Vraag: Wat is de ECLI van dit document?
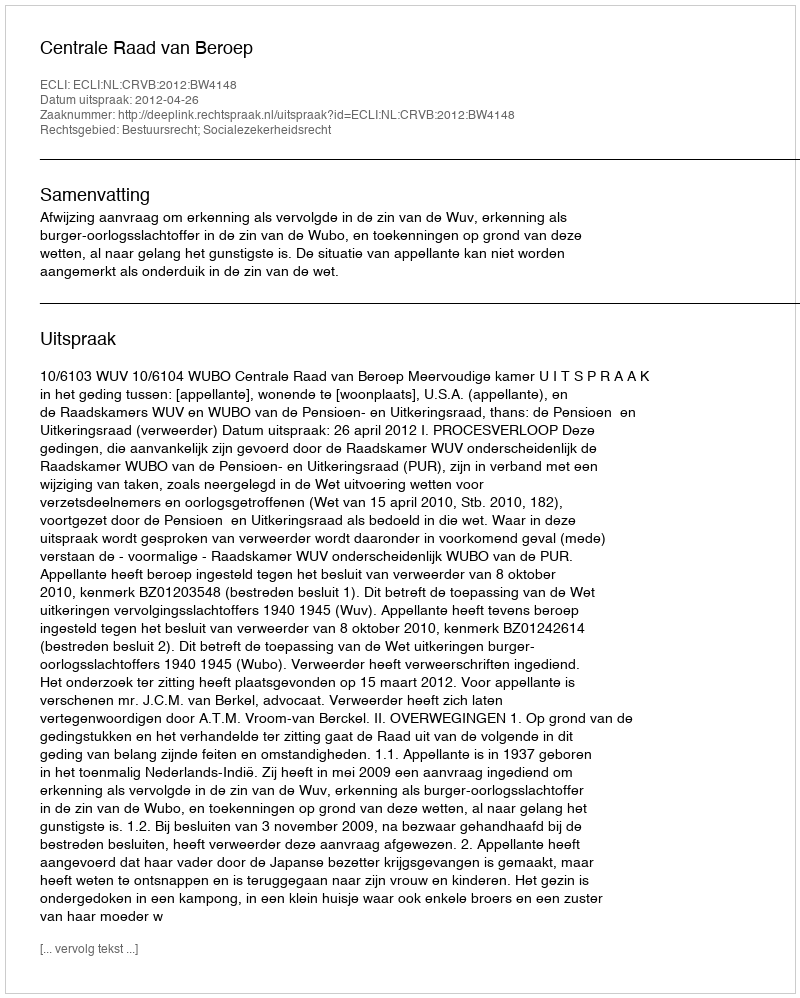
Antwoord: ECLI:NL:CRVB:2012:BW4148